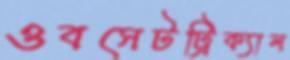
ওবসেটট্রিক্যাল